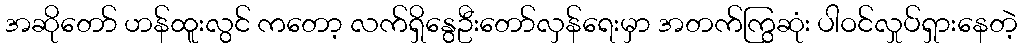
အဆိုတော် ဟန်ထူးလွင် ကတော့ လက်ရှိနွေဦးတော်လှန်ရေးမှာ အတက်ကြွဆုံး ပါဝင်လှုပ်ရှားနေတဲ့